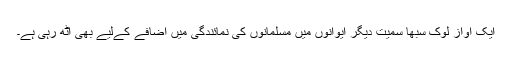
ایک آواز لوک سبھا سمیت دیگر ایوانوں میں مسلمانوں کی نمائندگی میں اضافے کےلیے بھی اُٹھ رہی ہے۔